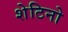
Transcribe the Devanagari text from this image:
शेटिनो